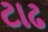
ટાઢ